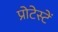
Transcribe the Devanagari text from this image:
प्रोटेस्टें